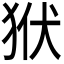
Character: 𤝯